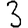
Digit: 3